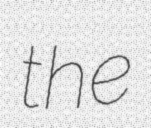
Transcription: the